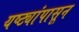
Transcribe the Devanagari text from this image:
यष्ट्यांपासून